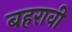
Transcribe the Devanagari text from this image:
बहरावी